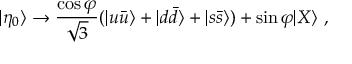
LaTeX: | \eta _ { 0 } \rangle \to \frac { \cos \varphi } { \sqrt { 3 } } ( | u \bar { u } \rangle + | d \bar { d } \rangle + | s \bar { s } \rangle ) + \sin \varphi | X \rangle ~ ,